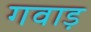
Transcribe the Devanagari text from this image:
गवाड़